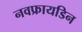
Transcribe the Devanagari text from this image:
नवफ्रायडिन